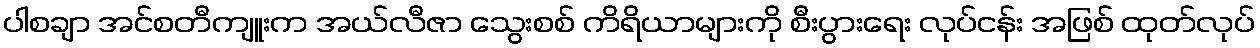
ပါစချာ အင်စတီကျူးက အယ်လီဇာ သွေးစစ် ကိရိယာများကို စီးပွားရေး လုပ်ငန်း အဖြစ် ထုတ်လုပ်